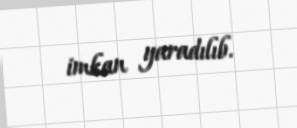
imkan yaradılıb.